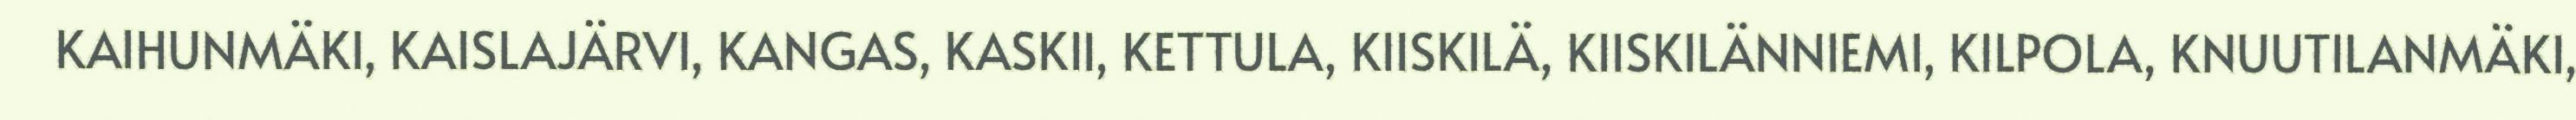
KAIHUNMÄKI, KAISLAJÄRVI, KANGAS, KASKII, KETTULA, KIISKILÄ, KIISKILÄNNIEMI, KILPOLA, KNUUTILANMÄKI,